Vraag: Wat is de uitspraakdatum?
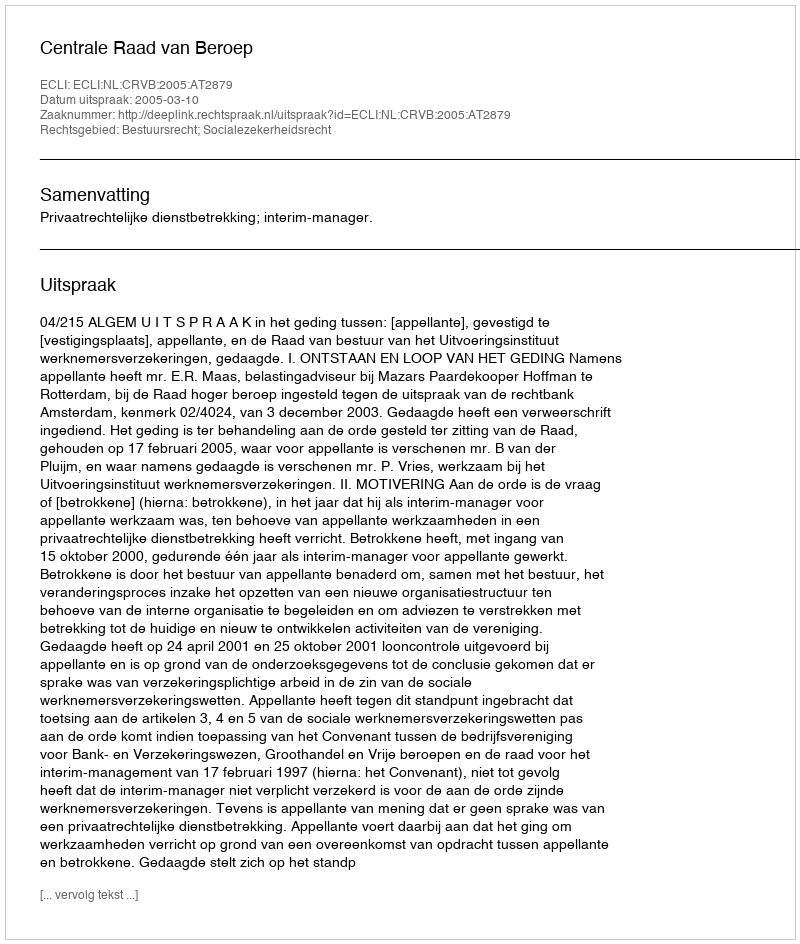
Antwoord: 2005-03-10